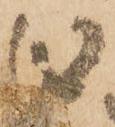
利